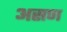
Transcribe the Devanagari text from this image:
असण